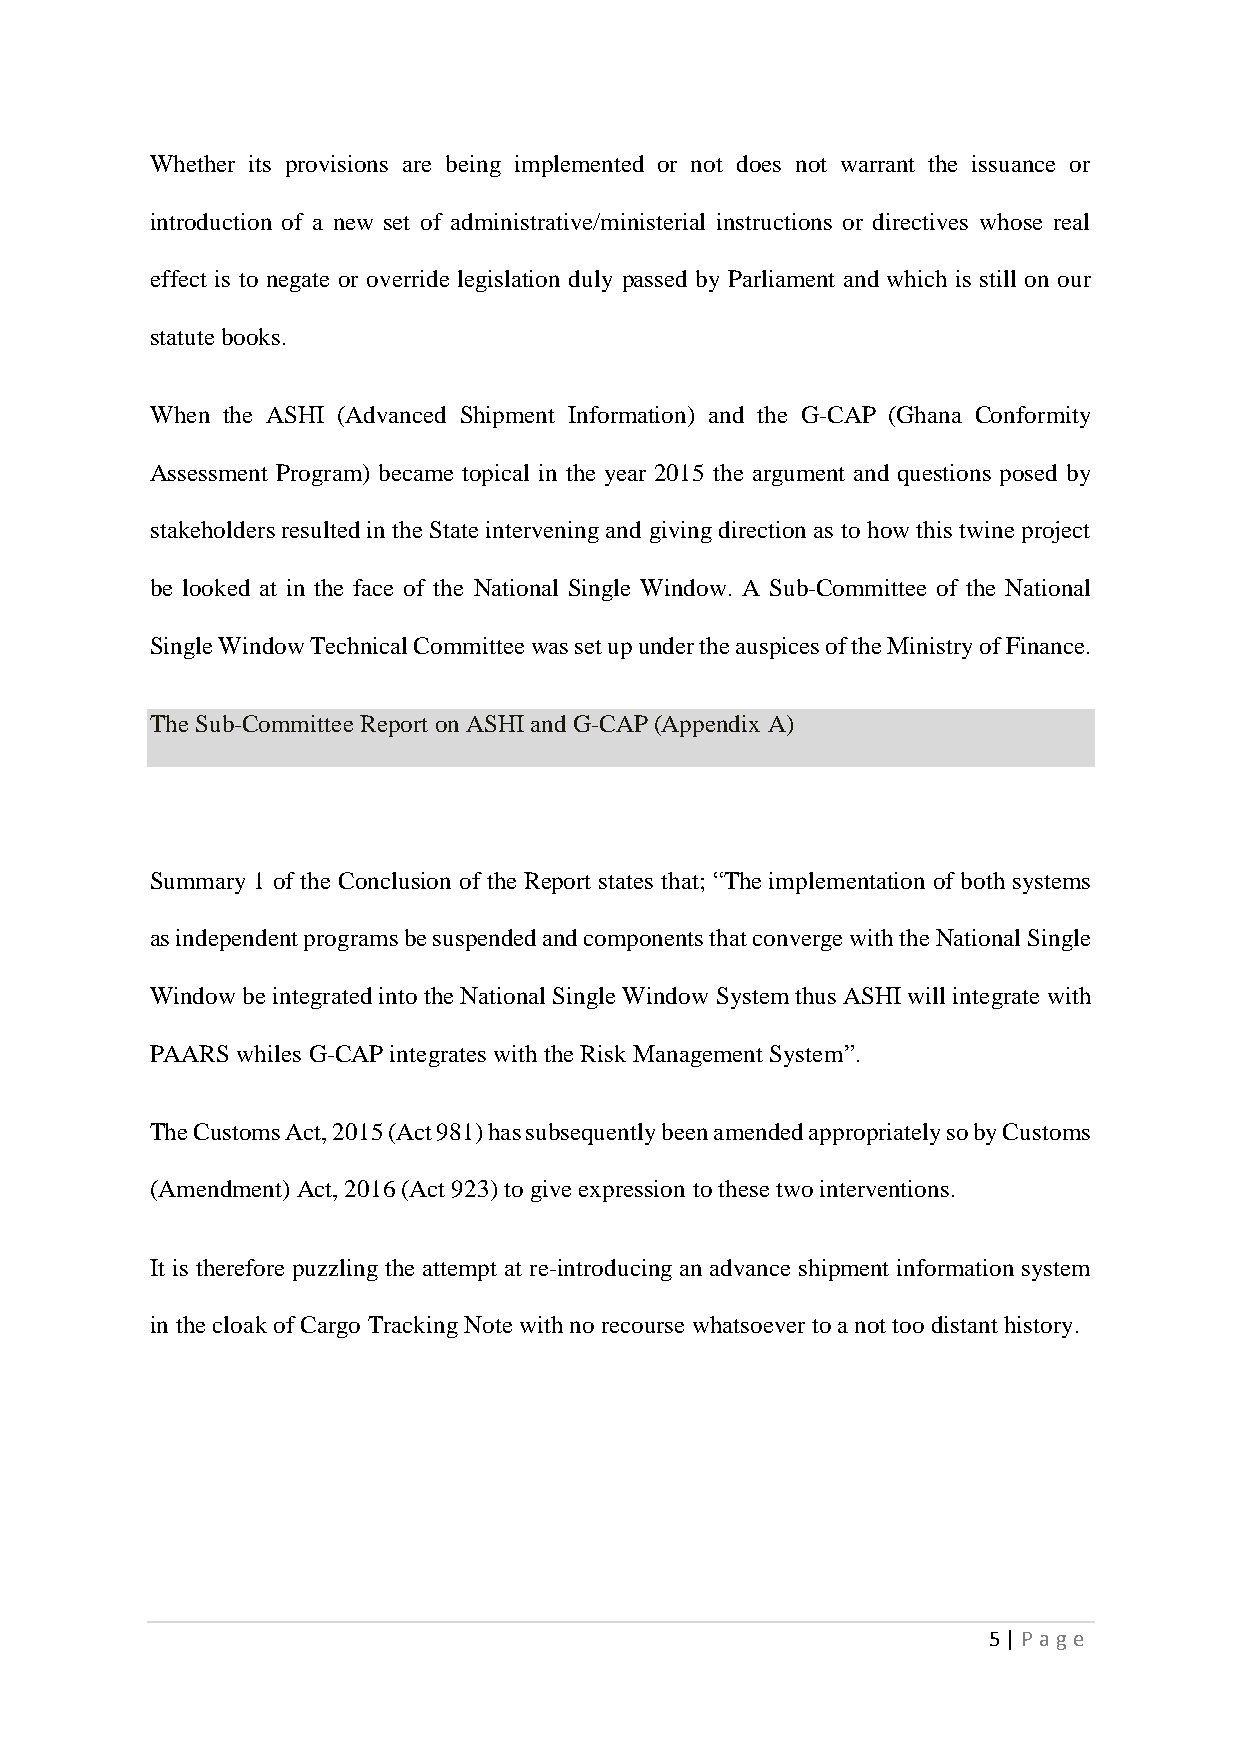
Whether its provisions are being implemented or not does not warrant the issuance or
 introduction of a new set of administrative/ministerial instructions or directives whose real
 effect is to negate or override legislation duly passed by Parliament and which is still on our
 statute books.
 When the ASHI (Advanced Shipment Information) and the G-CAP (Ghana Conformity
 Assessment Program) became topical in the year 2015 the argument and questions posed by
 stakeholders resulted in the State intervening and giving direction as to how this twine project
 be looked at in the face of the National Single Window. A Sub-Committee of the National
 Single Window Technical Committee was set up under the auspices of the Ministry of Finance.
 The Sub-Committee Report on ASHI and G-CAP (Appendix A)
 Summary 1 of the Conclusion of the Report states that; “The implementation of both systems
 as independent programs be suspended and components that converge with the National Single
 Window be integrated into the National Single Window System thus ASHI will integrate with
 PAARS whiles G-CAP integrates with the Risk Management System”.
 The Customs Act, 2015 (Act 981) has subsequently been amended appropriately so by Customs
 (Amendment) Act, 2016 (Act 923) to give expression to these two interventions.
 It is therefore puzzling the attempt at re-introducing an advance shipment information system
 in the cloak of Cargo Tracking Note with no recourse whatsoever to a not too distant history.
 5 | Page